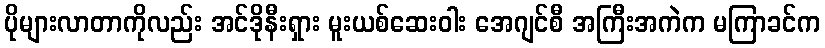
ပိုများလာတာကိုလည်း အင်ဒိုနီးရှား မူးယစ်ဆေးဝါး အေဂျင်စီ အကြီးအကဲက မကြာခင်က